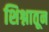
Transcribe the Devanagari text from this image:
शिश्नातून